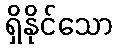
ရှိနိုင်သော